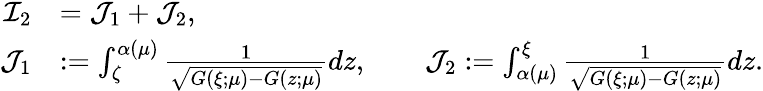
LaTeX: \begin{array}{rl}{{\mathcal I}_{2}}&{={\mathcal J}_{1}+{\mathcal J}_{2},}\\ {{\mathcal J}_{1}}&{:=\int_{\zeta}^{\alpha(\mu)}\frac{1}{\sqrt{G(\xi;\mu)-G(z;\mu)}}dz,\qquad{\mathcal J}_{2}:=\int_{\alpha(\mu)}^{\xi}\frac{1}{\sqrt{G(\xi;\mu)-G(z;\mu)}}dz.}\end{array}